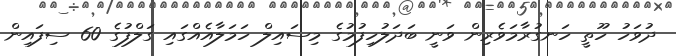
ދުވަހު ހޫތީ ހަނގުރާމަވެރިން ވަނީ ބަދަލުހިފުމުގެ މިސައިލް ހަމަލާއެއްގައި ގަލްފުގެ 60 ސިފައިން